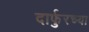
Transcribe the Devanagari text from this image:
दार्फुरच्या